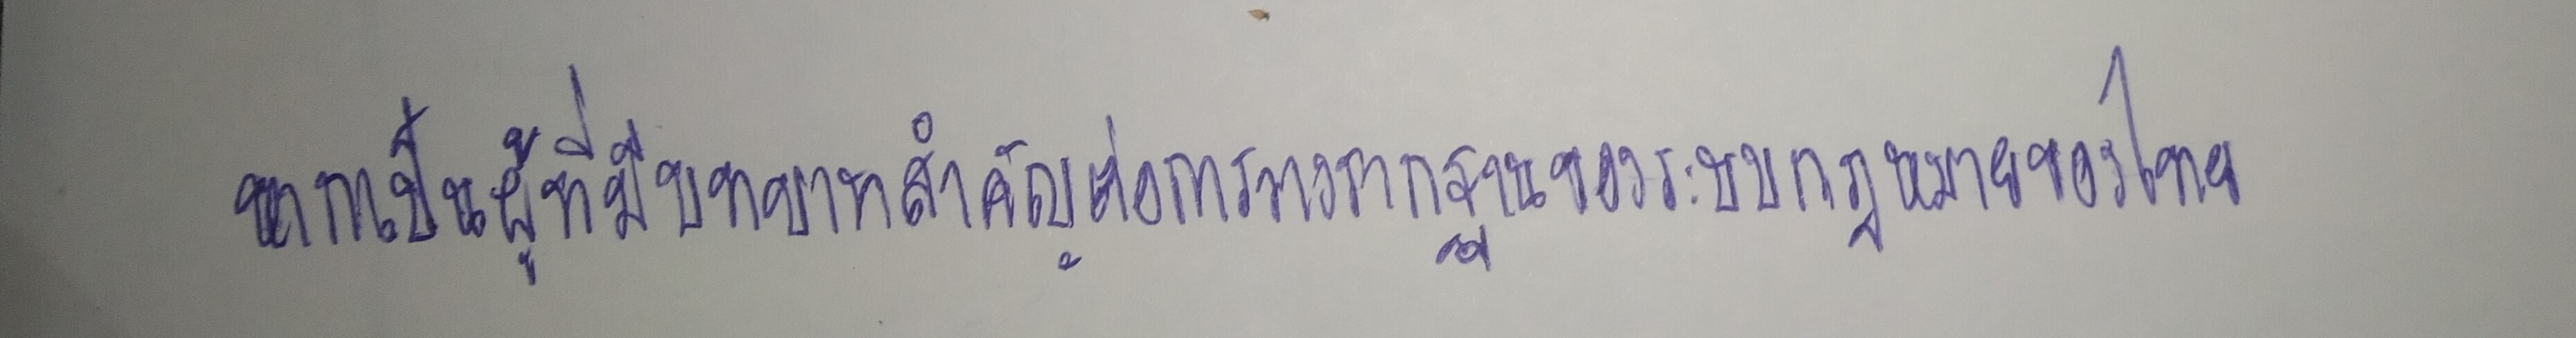
หากเป็นผู้ที่มีบทบาทสำคัญต่อการวางรากฐานของระบบกฎหมายของไทย